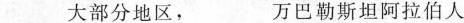
\underline大部分地区，\underline万巴勒斯坦阿拉伯人